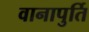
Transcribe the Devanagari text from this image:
वानापुर्ति